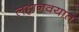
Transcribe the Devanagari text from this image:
लहानवयात